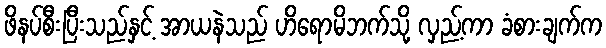
ဖိနပ်စီးပြီးသည်နှင့် အာယနဲသည် ဟိရောမိဘက်သို့ လှည့်ကာ ခံစားချက်က